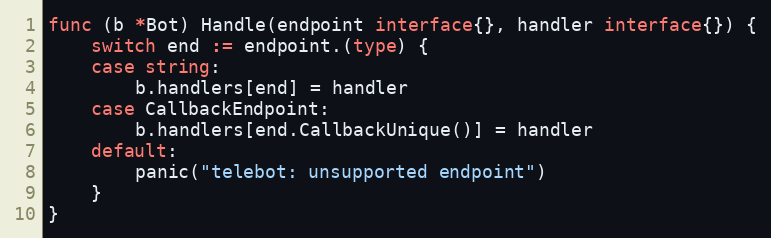
Language: Go
func (b *Bot) Handle(endpoint interface{}, handler interface{}) {
	switch end := endpoint.(type) {
	case string:
		b.handlers[end] = handler
	case CallbackEndpoint:
		b.handlers[end.CallbackUnique()] = handler
	default:
		panic("telebot: unsupported endpoint")
	}
}